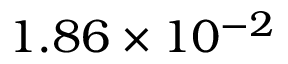
1 . 8 6 \times 1 0 ^ { - 2 }